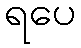
ရပေ